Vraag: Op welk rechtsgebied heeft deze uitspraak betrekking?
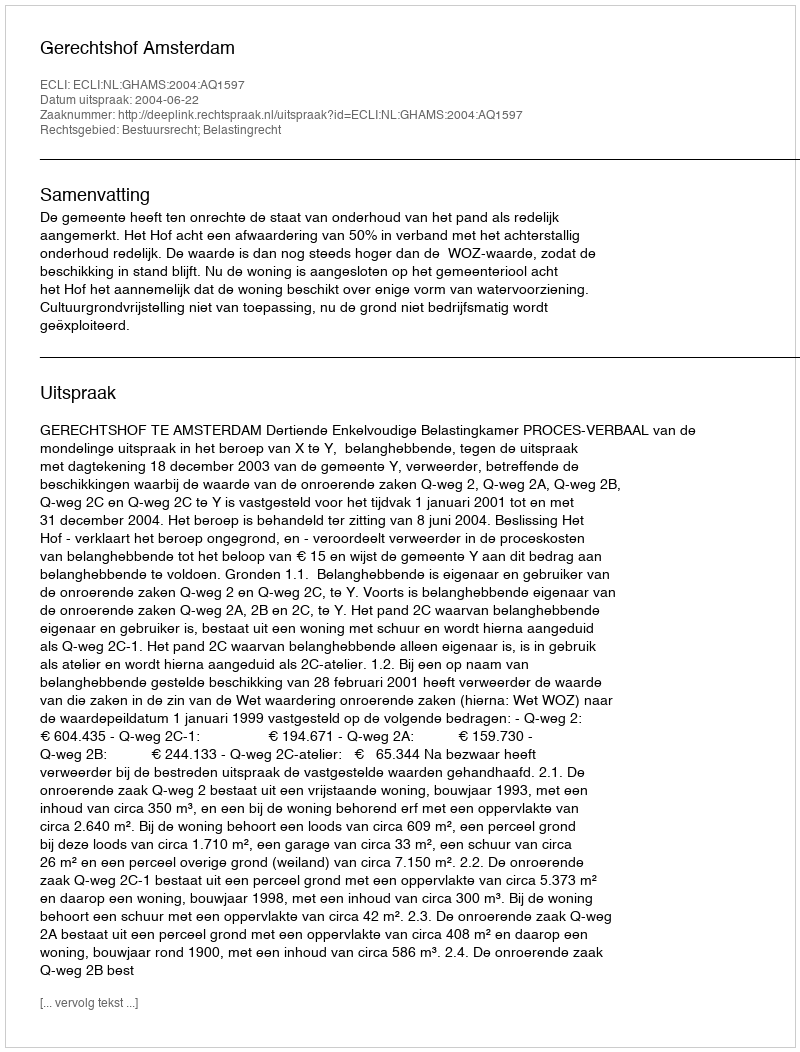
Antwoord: Bestuursrecht; Belastingrecht